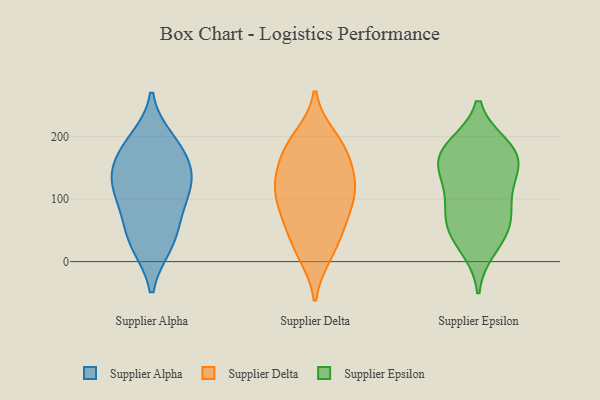
{"axis": {"x": "Customer Acquisition Cost (USD)", "y": "Value"}, "legend": ["Supplier Alpha", "Supplier Delta", "Supplier Epsilon"], "data": [{"x": "", "y": 194, "type": "Supplier Alpha"}, {"x": "", "y": 84, "type": "Supplier Alpha"}, {"x": "", "y": 134, "type": "Supplier Alpha"}, {"x": "", "y": 28, "type": "Supplier Alpha"}, {"x": "", "y": 133, "type": "Supplier Alpha"}, {"x": "", "y": 62, "type": "Supplier Alpha"}, {"x": "", "y": 113, "type": "Supplier Alpha"}, {"x": "", "y": 175, "type": "Supplier Alpha"}, {"x": "", "y": 178, "type": "Supplier Alpha"}, {"x": "", "y": 129, "type": "Supplier Alpha"}, {"x": "", "y": 27, "type": "Supplier Alpha"}, {"x": "", "y": 43, "type": "Supplier Delta"}, {"x": "", "y": 11, "type": "Supplier Delta"}, {"x": "", "y": 102, "type": "Supplier Delta"}, {"x": "", "y": 130, "type": "Supplier Delta"}, {"x": "", "y": 158, "type": "Supplier Delta"}, {"x": "", "y": 117, "type": "Supplier Delta"}, {"x": "", "y": 184, "type": "Supplier Delta"}, {"x": "", "y": 167, "type": "Supplier Delta"}, {"x": "", "y": 68, "type": "Supplier Delta"}, {"x": "", "y": 199, "type": "Supplier Delta"}, {"x": "", "y": 86, "type": "Supplier Delta"}, {"x": "", "y": 15, "type": "Supplier Delta"}, {"x": "", "y": 120, "type": "Supplier Delta"}, {"x": "", "y": 64, "type": "Supplier Delta"}, {"x": "", "y": 191, "type": "Supplier Delta"}, {"x": "", "y": 125, "type": "Supplier Delta"}, {"x": "", "y": 86, "type": "Supplier Epsilon"}, {"x": "", "y": 124, "type": "Supplier Epsilon"}, {"x": "", "y": 46, "type": "Supplier Epsilon"}, {"x": "", "y": 165, "type": "Supplier Epsilon"}, {"x": "", "y": 158, "type": "Supplier Epsilon"}, {"x": "", "y": 23, "type": "Supplier Epsilon"}, {"x": "", "y": 177, "type": "Supplier Epsilon"}, {"x": "", "y": 174, "type": "Supplier Epsilon"}, {"x": "", "y": 183, "type": "Supplier Epsilon"}, {"x": "", "y": 68, "type": "Supplier Epsilon"}, {"x": "", "y": 123, "type": "Supplier Epsilon"}, {"x": "", "y": 60, "type": "Supplier Epsilon"}]}